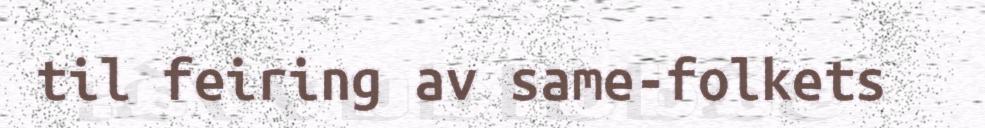
til feiring av same-folkets